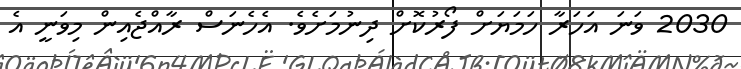
2030 ވަނަ އަހަރާ ހަމަޔަށް ފޯރުކޮށް ދިނުމަށެވެ. އެހެނަސް ރާއްޖެއިން މިވަނީ އެ